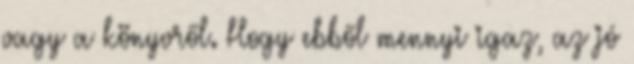
vagy a könyvről. Hogy ebből mennyi igaz, az jó